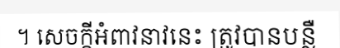
។ សេចក្តីអំពាវនាវនេះ ត្រូវបានបន្លឺ